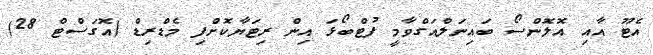
އެޓޫ އާއި އޮލޮންސޯ ބައިނަލްއަގްވާމީ ފުޓްބޯޅަ އިން ރިޓަޔާކޮށްފި މެޑްރިޑް (އޮގަސްޓް 28)